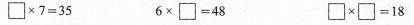
$$\square\times7=35$$ $$6\times\square=48$$ $$\square\times\square$$=18